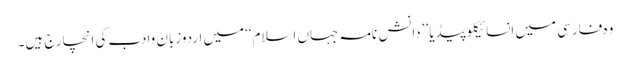
وہ فارسی میں انسائیکلوپیڈیا ’’دانش نامہ جہاں اسلام‘‘میں اردوزبان وادب کی انچارج ہیں۔